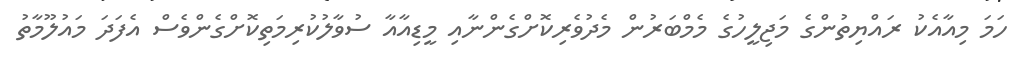
ހަމަ މިއާއެކު ރައްޔިތުންގެ މަޖިލީހުގެ މެމްބަރުން މެދުވެރިކޮށްގެންނާއި މީޑިއާއާ ސުވާލުކުރިމަތިކޮށްގެންވެސް އެފަދަ މައުލޫމާތު